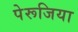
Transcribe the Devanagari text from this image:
पेरूजिया